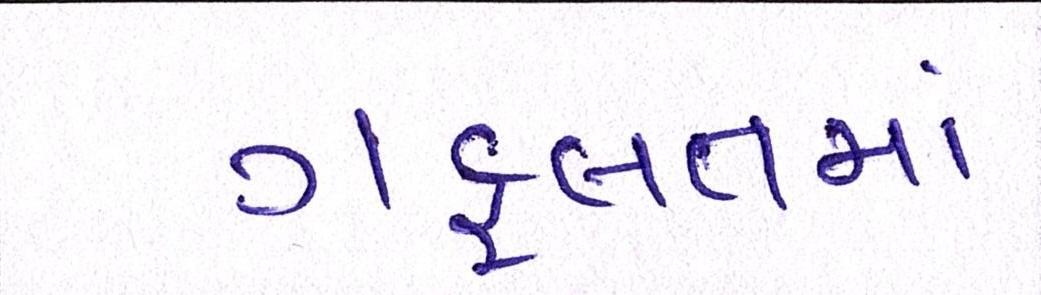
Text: ગફલતમાં